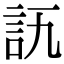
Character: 𧥭